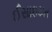
ઈસાઇયત